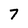
Character: 7